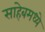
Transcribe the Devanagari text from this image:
साहेबमध्ये